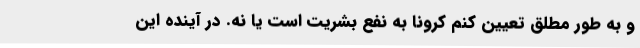
و به طور مطلق تعیین کنم کرونا به نفع بشریت است یا نه. در آینده این